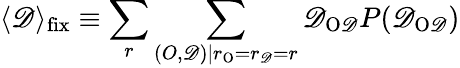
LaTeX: \langle\mathscr{D}\rangle_{\mathrm{{fix}}}\equiv\sum_{r}\sum_{(O,\mathscr{D})|r_{\mathrm{{O}}}=r_{\mathrm{{\mathscr{D}}}}=r}\mathscr{D}_{\mathrm{{O\mathscr{D}}}}P(\mathscr{D}_{\mathrm{{O\mathscr{D}}}})